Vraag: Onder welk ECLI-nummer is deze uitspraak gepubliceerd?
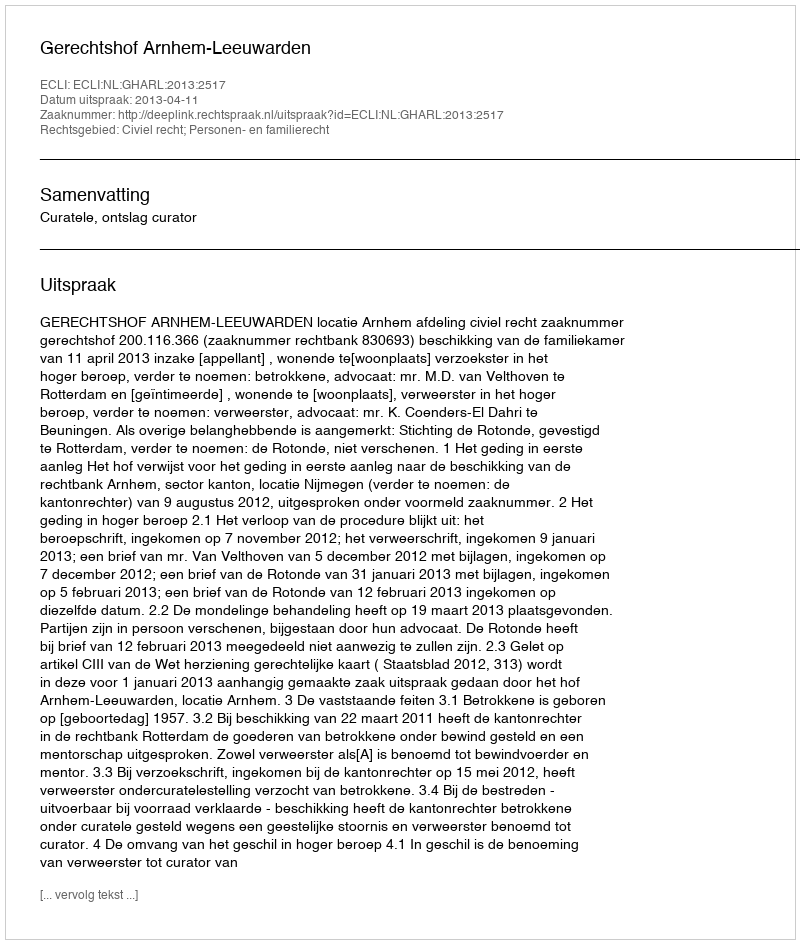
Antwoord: ECLI:NL:GHARL:2013:2517